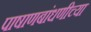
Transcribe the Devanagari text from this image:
पाषाणबांधणीच्या